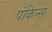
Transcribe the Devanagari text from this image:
पंकिन्स